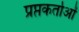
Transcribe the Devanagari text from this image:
प्रप्तकर्ताओं